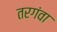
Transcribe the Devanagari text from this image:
तरगंवा